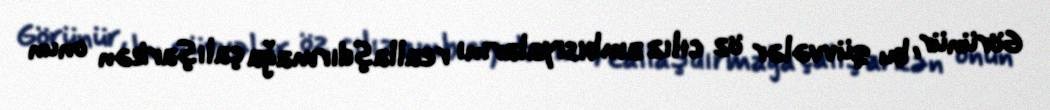
Görünür, bu qüvvələr öz cılız ambisiyalarını reallaşdırmağa çalışarkən onun